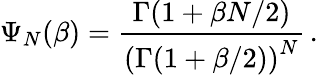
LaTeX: \Psi_{N}(\beta)={\frac{\Gamma(1+\beta N/2)}{\left(\Gamma(1+\beta/2)\right)^{N}}}\, .